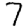
Digit: 7